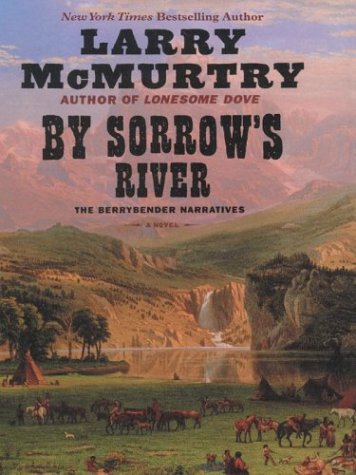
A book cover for By Sorrow's River: The Berrybender Narratives; Larry McMurtry; Teen & Young Adult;